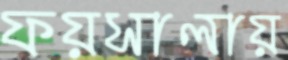
ফয়সালায়